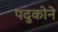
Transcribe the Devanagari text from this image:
पदुकोने